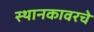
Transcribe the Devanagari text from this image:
स्थानकावरचे